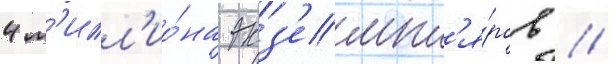
4 м'илл'ио́на экз'емпл'я́ров //